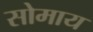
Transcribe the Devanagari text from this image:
सोमाय